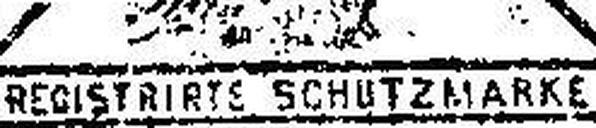
REGISTRIRTE SCHUTZMARKE